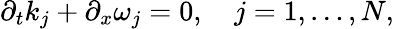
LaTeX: \partial_{t}k_{j}+\partial_{x}\omega_{j}=0,\quad j=1,\dots,N,